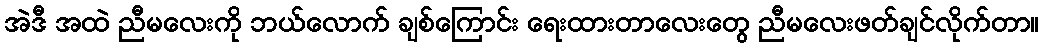
အဲဒီ အထဲ ညီမလေးကို ဘယ်လောက် ချစ်ကြောင်း ရေးထားတာလေးတွေ ညီမလေးဖတ်ချင်လိုက်တာ။